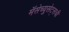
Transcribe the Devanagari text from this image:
मॅसेच्युसेट्सची